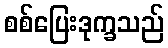
စစ်ပြေးဒုက္ခသည်